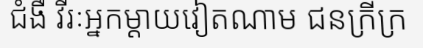
ជំងឺ វីរៈអ្នកម្តាយវៀតណាម ជនក្រីក្រ